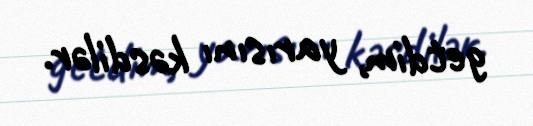
getdim, yarısını kəsdilər.